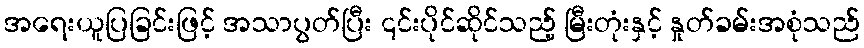
အရေးယူပြခြင်းဖြင့် အသာပွတ်ပြီး ၎င်းပိုင်ဆိုင်သည့် မြီးတုံးနှင့် နှုတ်ခမ်းအစုံသည်